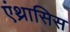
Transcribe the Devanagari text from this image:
एंथ्रासिस